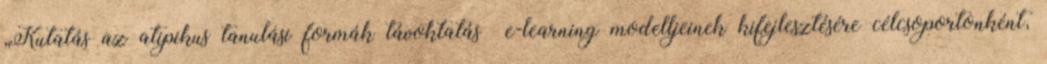
„Kutatás az atipikus tanulási formák távoktatás e-learning modelljeinek kifejlesztésére célcsoportonként,